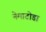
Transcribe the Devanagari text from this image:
नेमाटोडा